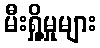
မီးရှို့မှုများ